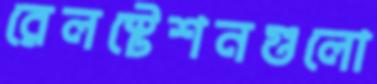
রেলস্টেশনগুলো